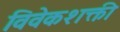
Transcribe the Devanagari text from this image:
विवेकशक्ती